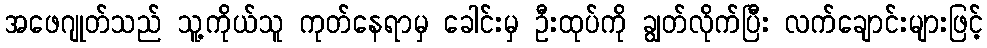
အဖေဂျုတ်သည် သူ့ကိုယ်သူ ကုတ်နေရာမှ ခေါင်းမှ ဦးထုပ်ကို ချွတ်လိုက်ပြီး လက်ချောင်းများဖြင့်